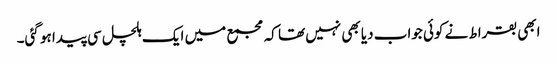
ابھی بقراط نے کوئی جواب دیا بھی نہیں تھا کہ مجمع میں ایک ہلچل سی پیدا ہو گئی۔